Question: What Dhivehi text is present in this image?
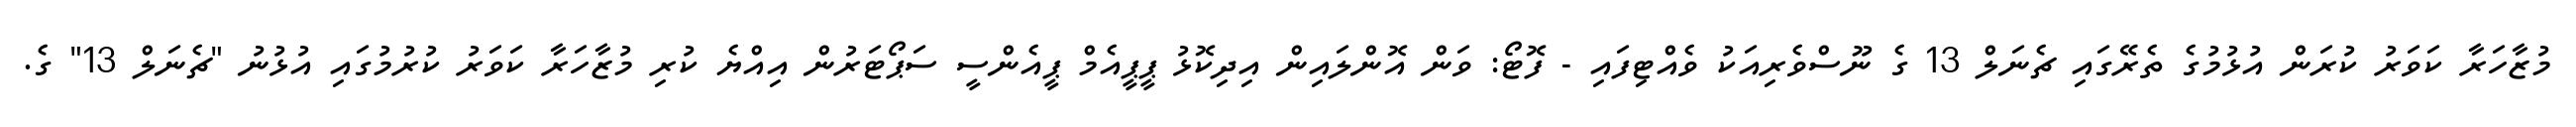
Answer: މުޒާހަރާ ކަވަރު ކުރަން އުޅުމުގެ ތެރޭގައި ޗެނަލް 13 ގެ ނޫސްވެރިއަކު ވެއްޓިފައި - ފޮޓޯ: ވަން އޮންލައިން އިދިކޮޅު ޕީޕީއެމް ޕީއެންސީ ސަޕޯޓަރުން އިއްޔެ ކުރި މުޒާހަރާ ކަވަރު ކުރުމުގައި އުޅުނު "ޗެނަލް 13" ގެ.